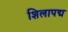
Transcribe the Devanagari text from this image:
शिलापद्म